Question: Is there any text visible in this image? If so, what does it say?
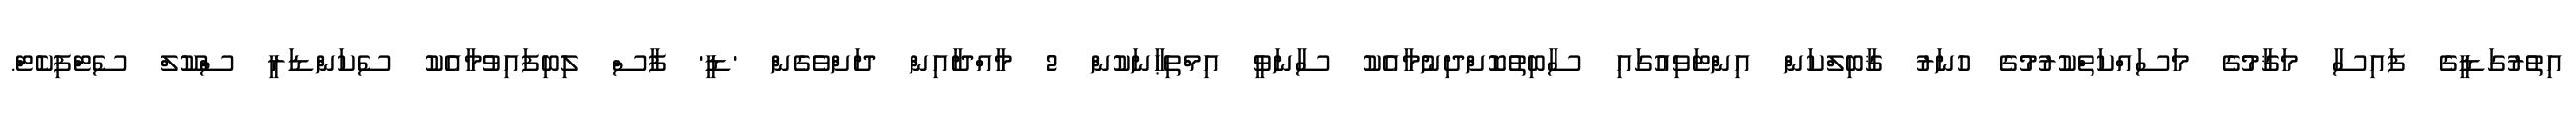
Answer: އިތުރުގަޑީގެ ފައިސާ މަޤާމުގެ މަސައްކަތްކުރުމުގެ ހުނަރު ޤާބިލްކަން އިންޓަވިއުގައި ސާބިތުކޮށްދިނުމާއެކު ސާނަވީ އިމްތިޙާނަކުން 2 މާއްދާއިން ދަށްވެގެން 'ޑީ' ފާސް ލިބިފައިވުމާއެކު ސެކަންޑަރީ ސްކޫލް ސެޓްފިކެޓް.